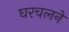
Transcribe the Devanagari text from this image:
घरचलने